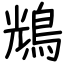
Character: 𪀯